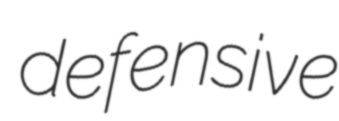
defensive